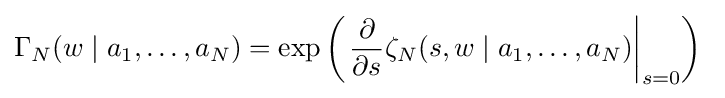
\Gamma _{N}(w\mid a_{1},\ldots ,a_{N})=\exp \left(\left.{\frac {\partial }{\partial s}}\zeta _{N}(s,w\mid a_{1},\ldots ,a_{N})\right|_{s=0}\right)\